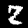
Digit: 2